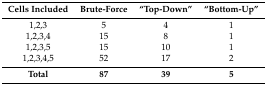
| Cells Included | Brute-Force | “Top-Down” | “Bottom-Up” |
 | --- | --- | --- | --- |
 | 1,2,3 | 5 | 4 | 1 |
 | 1,2,3,4 | 15 | 8 | 1 |
 | 1,2,3,5 | 15 | 10 | 1 |
 | 1,2,3,4,5 | 52 | 17 | 2 |
 | Total | 87 | 39 | 5 |